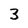
Character: 3